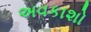
અવકાશો